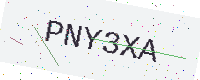
Text: PNY3XA